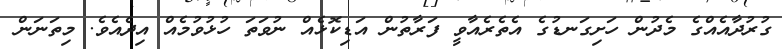
ގުރުދާއެއްގެ މެދުން ހަށިގަނޑުގެ އެތެރެއާވީ ފަރާތުން އަޑިކޮޅެއް ނުވަތަ ހުޅުވުމެއް އިދެއެވެ. މިތަނަން